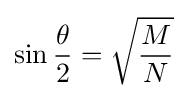
\sin {\frac {\theta }{2}}={\sqrt {\frac {M}{N}}}